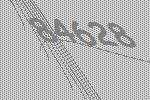
84628